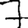
Digit: 7